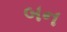
બન